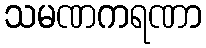
သမဏကရဏာ